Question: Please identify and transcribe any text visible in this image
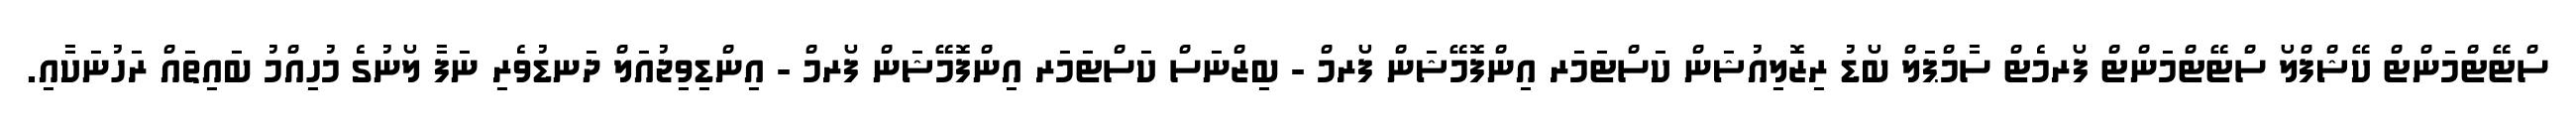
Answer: ސްޓޭޓްމަންޓް ކޭޝްފްލޯ ސްޓޭޓްމަންޓް ފޯރމެޓް ސާމްޕަލް ބޯޑު ރިޒޮލިއުޝަން ކަސްޓަމަރ އިންފޮމޭޝަން ފޯރމް - ބިޒްނަސް ކަސްޓަމަރ އިންފޮމޭޝަން ފޯރމް - އިންޑިވިޖުއަލް ދަނޑުވެރި ނަފާ ލޯނުގެ މުހިއްމު ބައިތައް ރަހުނަކާއި.